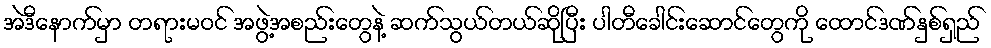
အဲဒီနောက်မှာ တရားမဝင် အဖွဲ့အစည်းတွေနဲ့ ဆက်သွယ်တယ်ဆိုပြီး ပါတီခေါင်းဆောင်တွေကို ထောင်ဒဏ်နှစ်ရှည်